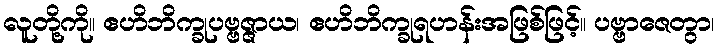
လူတို့ကို။ ဧဟိဘိက္ခုပဗ္ဗဇ္ဇာယ၊ ဧဟိဘိက္ခုရဟန်းအဖြစ်ဖြင့်။ ပဗ္ဗာဇေတွာ၊